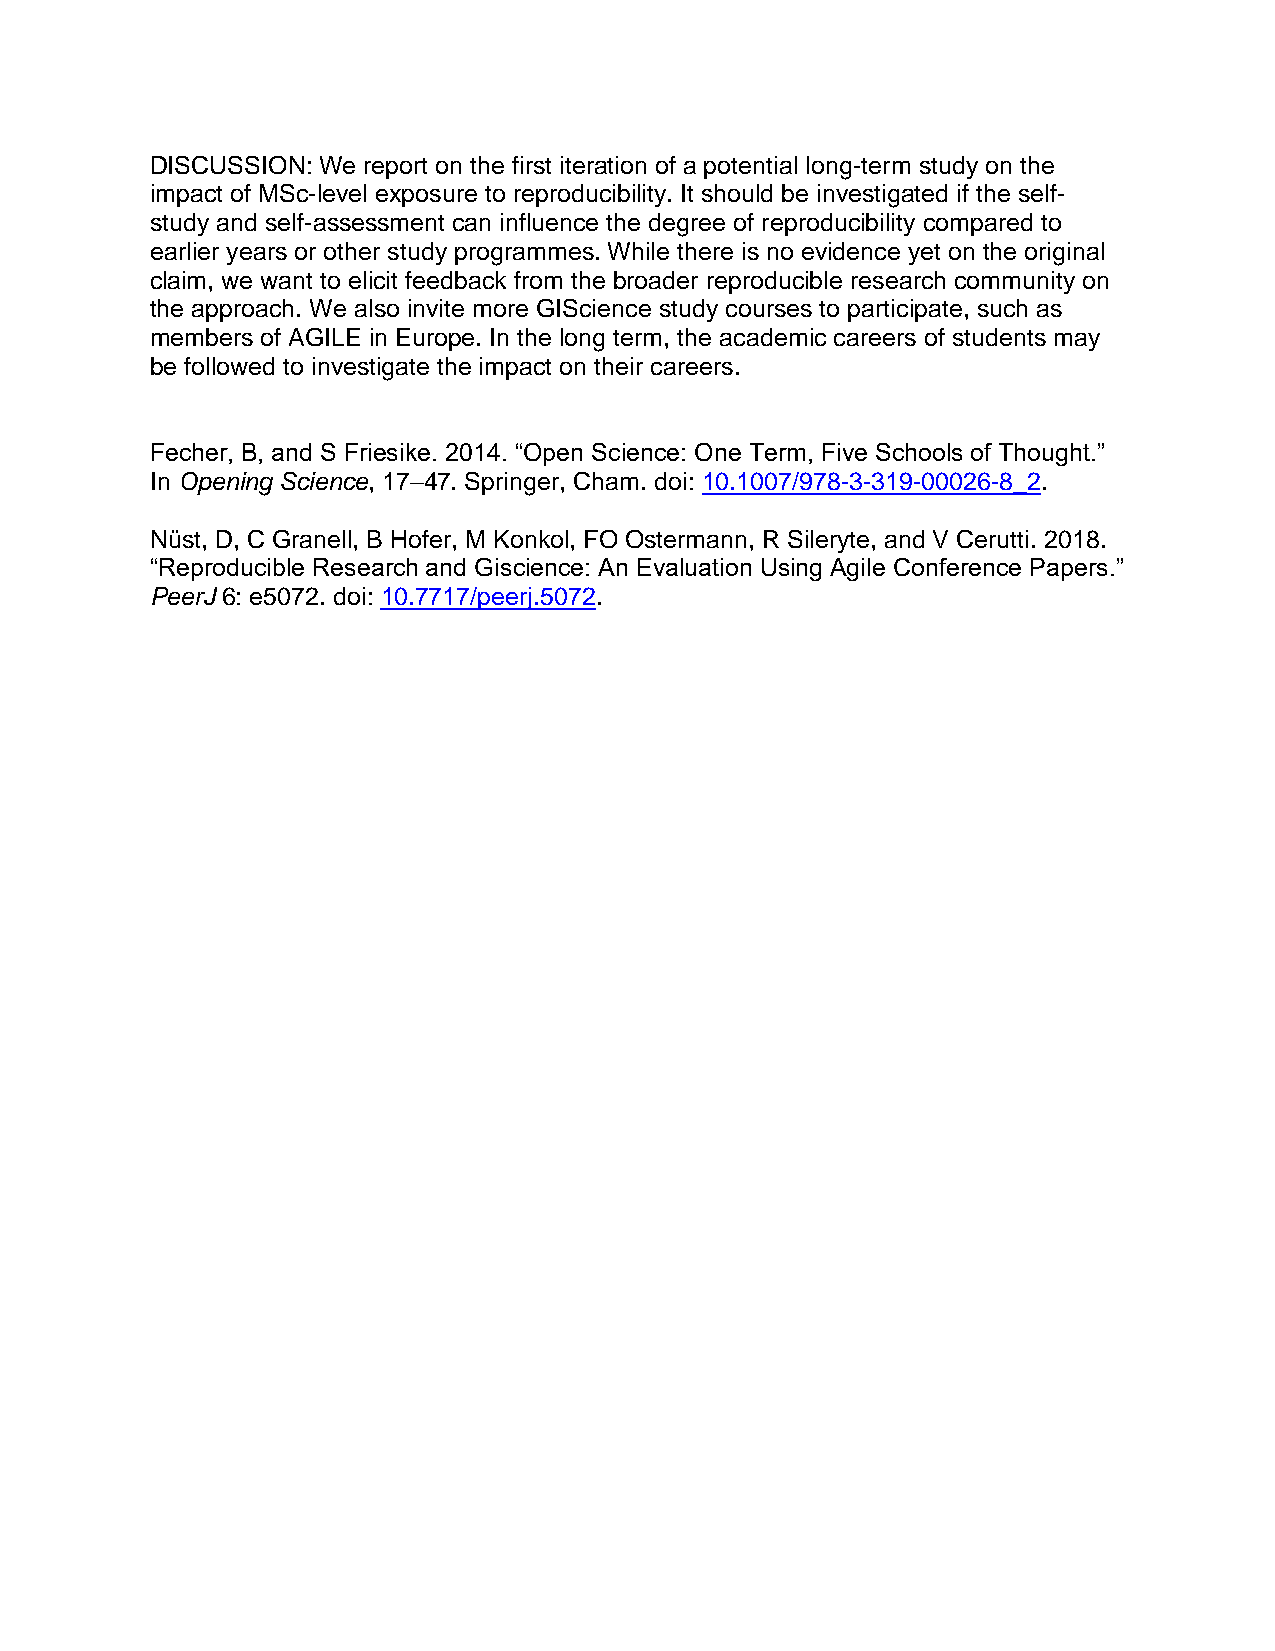
DISCUSSION: We report on the first iteration of a potential long-term study on the
 impact of MSc-level exposure to reproducibility. It should be investigated if the self-
 study and self-assessment can influence the degree of reproducibility compared to
 earlier years or other study programmes. While there is no evidence yet on the original
 claim, we want to elicit feedback from the broader reproducible research community on
 the approach. We also invite more GIScience study courses to participate, such as
 members of AGILE in Europe. In the long term, the academic careers of students may
 be followed to investigate the impact on their careers.
 Fecher, B, and S Friesike. 2014. “Open Science: One Term, Five Schools of Thought.”
 In Opening Science, 17–47. Springer, Cham. doi: 10.1007/978-3-319-00026-8_2.
 Nüst, D, C Granell, B Hofer, M Konkol, FO Ostermann, R Sileryte, and V Cerutti. 2018.
 “Reproducible Research and Giscience: An Evaluation Using Agile Conference Papers.”
 PeerJ 6: e5072. doi: 10.7717/peerj.5072.